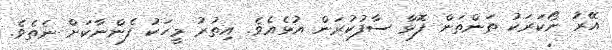
އޭރު ނޯކަރަކު ތަންތަން ފޮޅާ ސާފުކުރަން އުޅެއެވެ. އިތުރު މީހަކު ފެންނާކަށް ނެތެވެ.